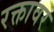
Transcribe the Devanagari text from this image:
रक्तावर